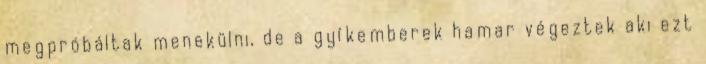
megpróbáltak menekülni, de a gyíkemberek hamar végeztek aki ezt